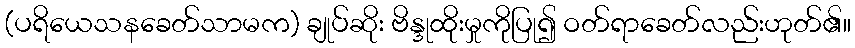
(ပရိယေသနခေတ်သာမက) ချုပ်ဆိုး ဗိန္ဒုထိုးမှုကိုပြု၍ ဝတ်ရာခေတ်လည်းဟုတ်၏။